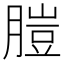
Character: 䐩